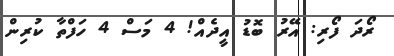
ރޯދަ ފޯރި: އޭރު ބޮޑު އީދެއް! 4 މަސް 4 ހަފްތާ ކުރިން